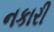
નકારી